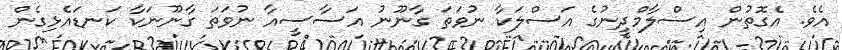
އެވެ. އެގޮތުން އިސްލާމްދީނުގެ އަސްލަކާ ނުވަތަ ގާނޫނު އަސާސީއާ ނުވަތަ ގާނޫނަކާ ކަނޑައެޅިގެން